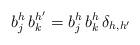
LaTeX: \begin{align*}b^h_j\,b_k^{h'}=b^h_j\,b^h_k\,\delta_{h,h'}\end{align*}